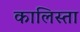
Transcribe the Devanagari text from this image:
कालिस्ता